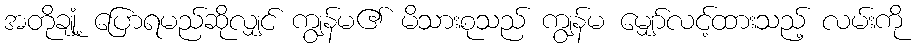
အတိုချုံ့ ပြောရမည်ဆိုလျှင် ကျွန်မ၏ မိသားစုသည် ကျွန်မ မျှော်လင့်ထားသည့် လမ်းကို